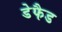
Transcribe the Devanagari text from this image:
डेफैड